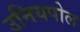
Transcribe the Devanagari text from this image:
उनियपोल